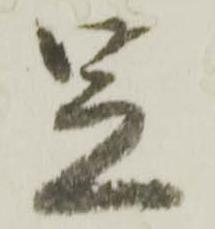
足